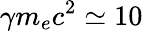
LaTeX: \gamma m_{e}c^{2}\simeq 10